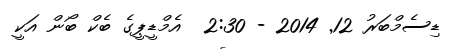
ޑިސެމްބަރު 12